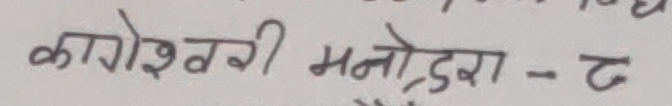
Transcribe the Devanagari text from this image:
कागेश्वरी मनोद्दरा - ८